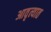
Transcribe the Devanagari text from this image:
आवृत्यात